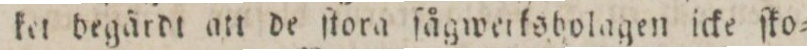
ket begärdt att de ſtora ſågweiksbolagen icke ſko=